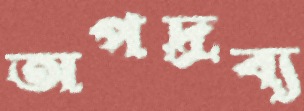
অপদ্রব্য